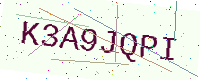
Text: K3A9JQPI